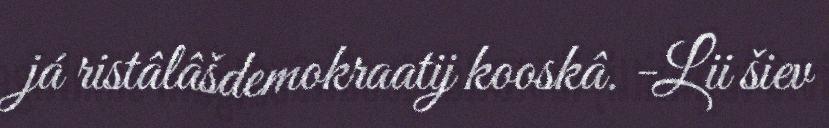
já ristâlâšdemokraatij kooskâ. -Lii šiev